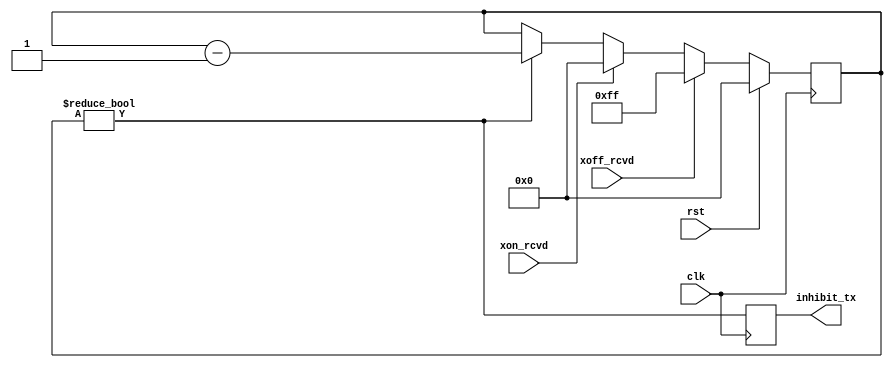
module serdes_fc_tx
  (input clk, input rst,
   input xon_rcvd, input xoff_rcvd, output reg inhibit_tx);
   reg [15:0] state;
   always @(posedge clk)
     if(rst)
       state <= 0;
     else if(xoff_rcvd)
       state <= 255;
     else if(xon_rcvd)
       state <= 0;
     else if(state !=0)
       state <= state - 1;
   always @(posedge clk)
     inhibit_tx <= (state != 0);
endmodule